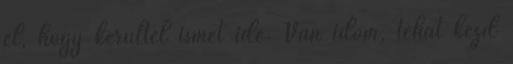
el, hogy kerültél ismét ide. Van időm, tehát kezd